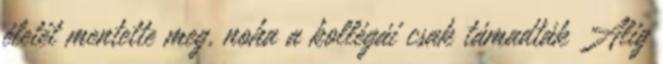
életét mentette meg, noha a kollégái csak támadták Alig